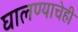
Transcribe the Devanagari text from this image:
घालण्‍याचेही